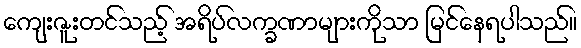
ကျေးဇူးတင်သည့် အရိပ်လက္ခဏာများကိုသာ မြင်နေရပါသည်။